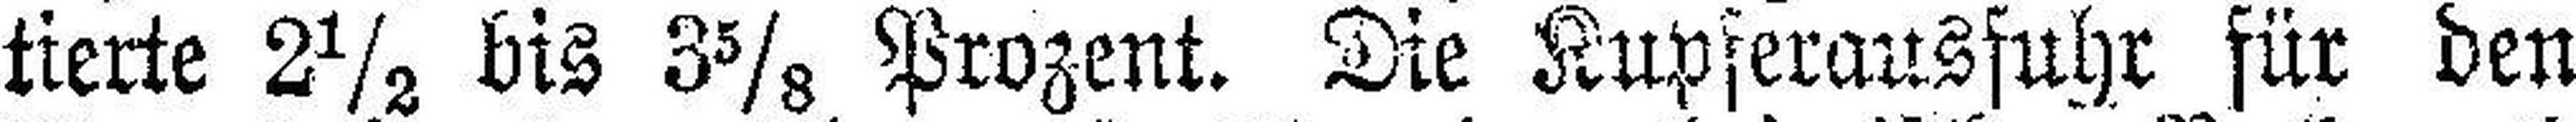
tierte 2½ bis 3⅝ Prozent. Die Kupserausfuhr für den